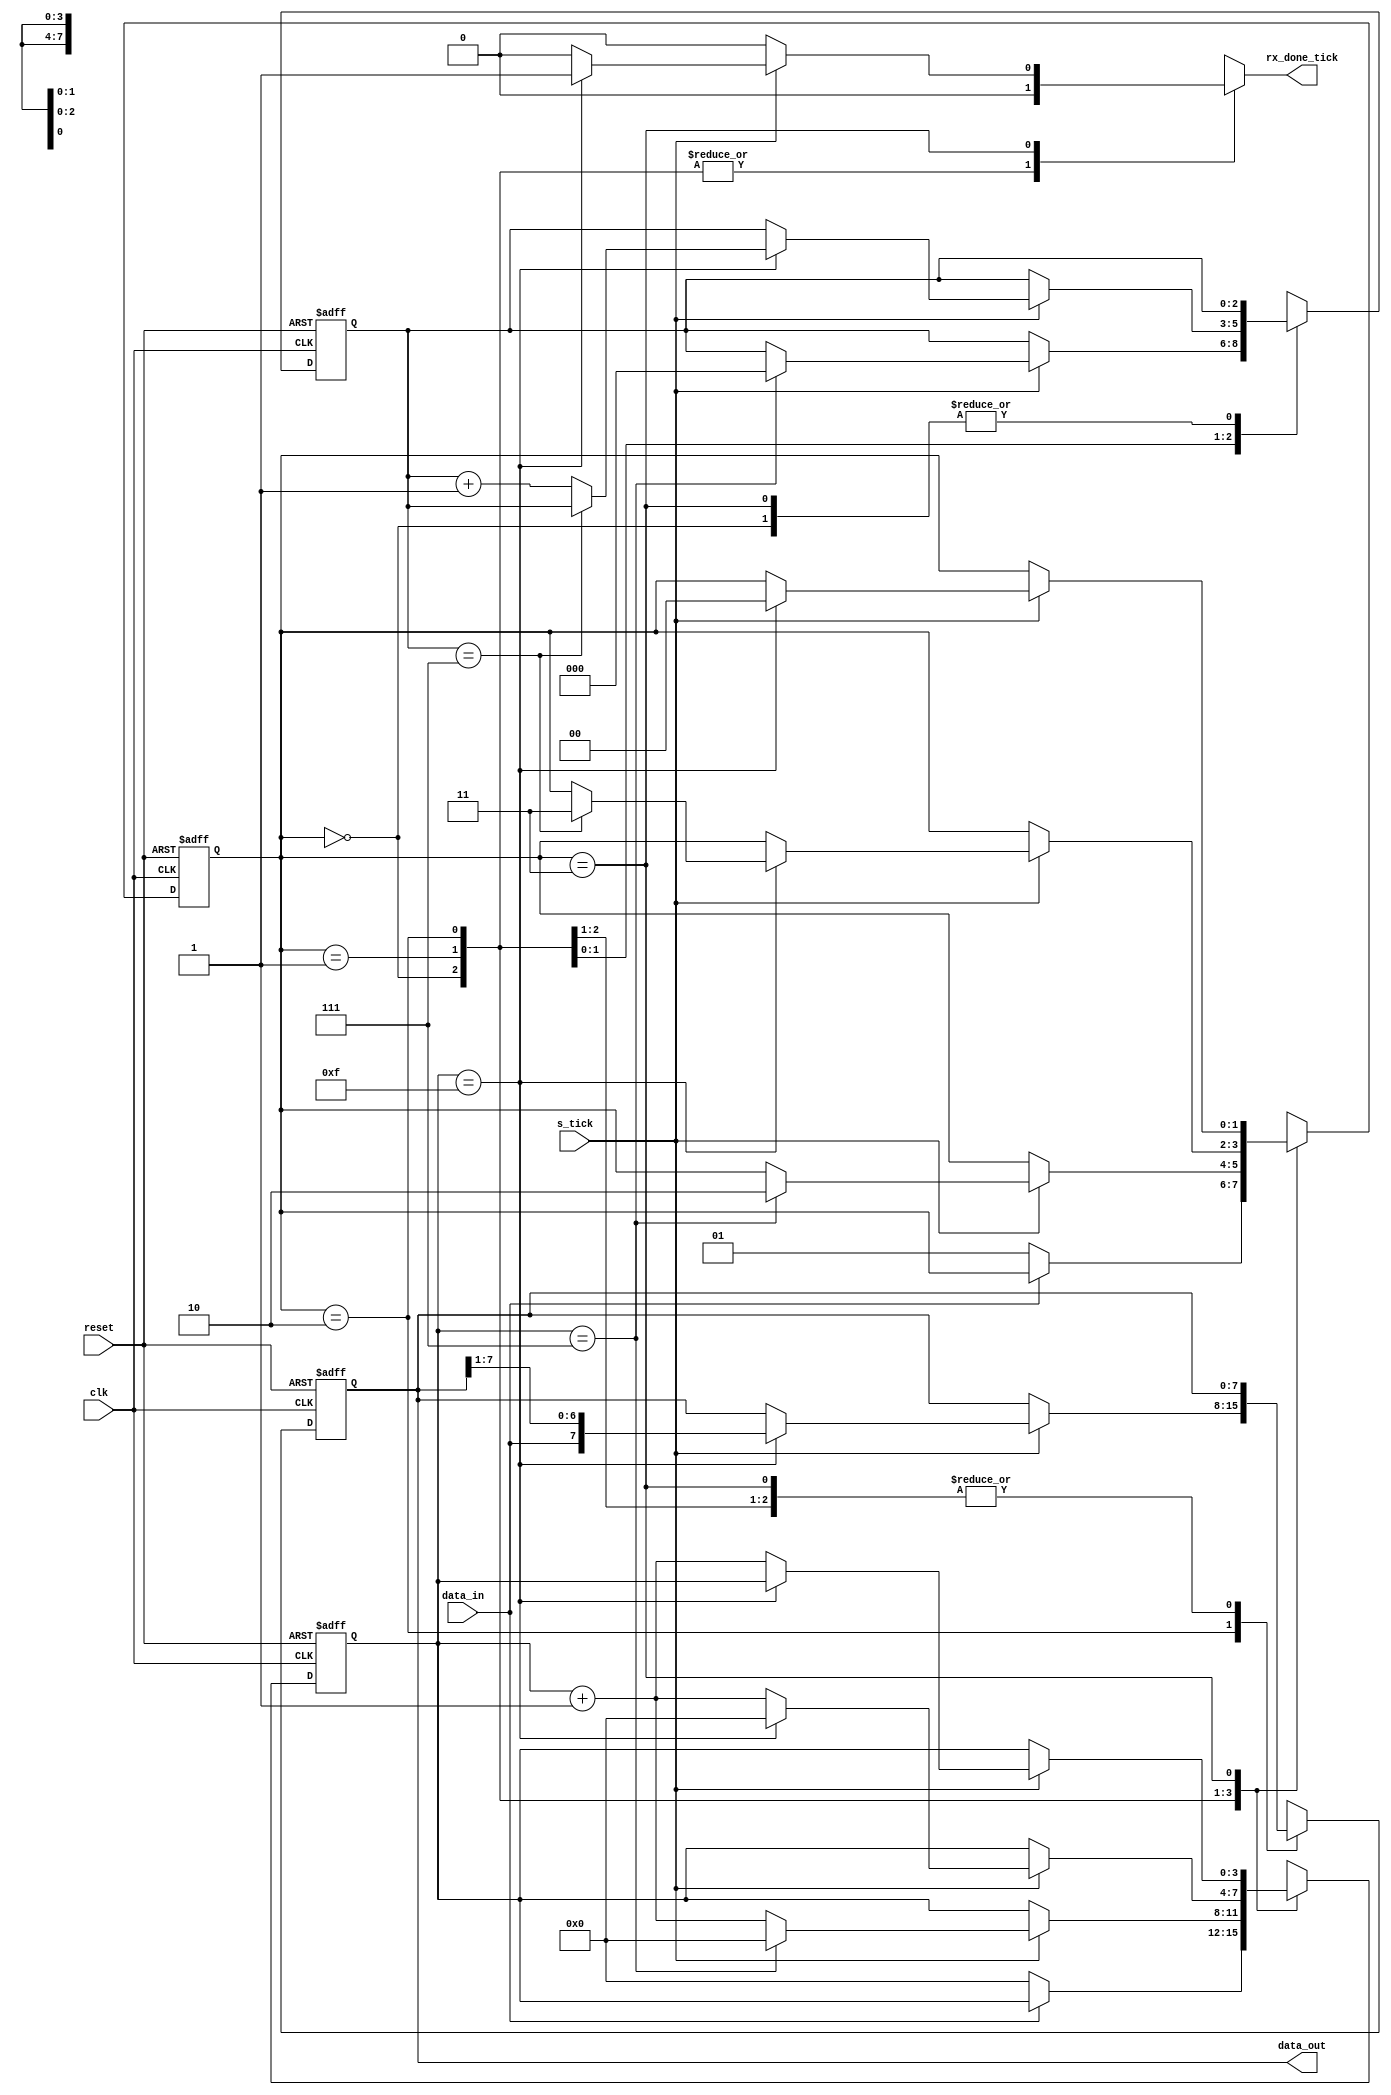
module uart_rx
  #(
    parameter DBIT = 8,				// Number of data bits to receive
    SB_TICK = 16			// Number of ticks for the stop bit. 16 ticks=1 stop bit, 24=1.5 and 32=2.
  )
  ( 
    input wire clk,
    input wire reset,
    input wire data_in,
    input wire s_tick,
    output reg rx_done_tick,
    output wire [7:0] data_out
  );

  // state declaration for the FSMD
  localparam [1:0]
  idle  = 2'b00,
  start = 2'b01,
  data  = 2'b10,
  stop  = 2'b11;

  //	signal declaration
  reg [1:0] state_reg, state_next;
  reg [3:0] cnt_15_reg, cnt_15_next;
  reg [2:0] cnt_8_reg, cnt_8_next;
  reg [7:0] shift_out_reg, shift_out_next;

  //	body
  //	FSMD state & data registers
  always@(posedge clk, posedge reset)
    if (reset)
      begin
        state_reg <= idle;
        cnt_15_reg <= 0;
        cnt_8_reg <= 0;
        shift_out_reg <= 0;
      end
  else
    begin
      state_reg <= state_next;
      cnt_15_reg <= cnt_15_next;
      cnt_8_reg <= cnt_8_next;
      shift_out_reg <= shift_out_next;
    end

  //	FSMD next-state logic
  always@*
    begin
      state_next = state_reg ;
      cnt_15_next = cnt_15_reg;
      cnt_8_next = cnt_8_reg;
      shift_out_next = shift_out_reg;
      rx_done_tick = 1'b0;

      case (state_reg)
		
        idle:
          if(~data_in)
            begin
              state_next = start;
              cnt_15_next = 0;
            end
				
        start:
          if (s_tick)
            if(cnt_15_reg==7)
              begin
                state_next=data;
                cnt_15_next=0;
                cnt_8_next=0;
              end
        else
          cnt_15_next = cnt_15_reg+1'b1;
			 
        data:
          if(s_tick)
            if(cnt_15_reg==15)
              begin
                cnt_15_next=0;
                shift_out_next = {data_in, shift_out_reg[7:1]};
					 //shift_out_next<={shift_out_reg[6:0],data_in}; // shift the bits in reverse order
                if(cnt_8_reg==(DBIT-1))
                  state_next=stop;
                else
                  cnt_8_next=cnt_8_reg+1'b1;
              end
        else
          cnt_15_next=cnt_15_reg+1'b1;
			 
        stop:
          if(s_tick)
            if(cnt_15_reg==(SB_TICK-1))
              begin
                state_next=idle;
                rx_done_tick=1'b1;
              end
        else
          cnt_15_next = cnt_15_reg+1'b1;
      endcase
    end

    //output
    assign data_out = shift_out_reg;

endmodule